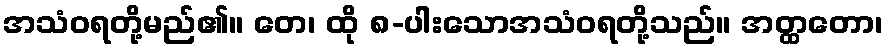
အသံဝရတို့မည်၏။ တေ၊ ထို ၈-ပါးသောအသံဝရတို့သည်။ အတ္ထတော၊